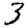
Digit: 3